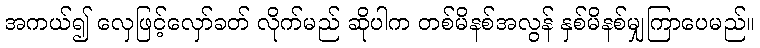
အကယ်၍ လှေဖြင့်လှော်ခတ် လိုက်မည် ဆိုပါက တစ်မိနစ်အလွန် နှစ်မိနစ်မျှကြာပေမည်။